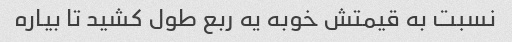
نسبت به قیمتش خوبه یه ربع طول کشید تا بیاره